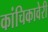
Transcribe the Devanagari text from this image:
कांचिकावेरी